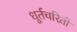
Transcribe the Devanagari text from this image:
धूर्तचरितो